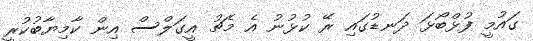
ގައުމީ ފުޅްބޯޅަ ދަނޑުގައި ރޭ ކުޅުނު އެ މެޗު އީގަލްސް އިން ކާމިޔާބުކުރީ